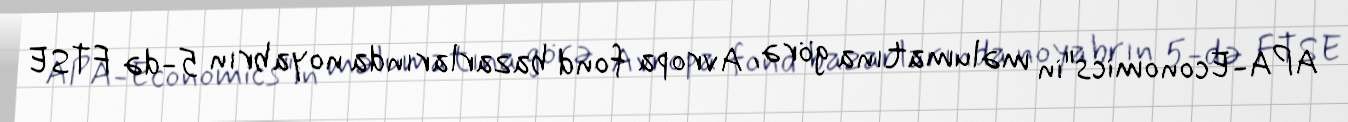
APA-Economics"in məlumatına görə, Avropa fond bazarlarında noyabrın 5-də FTSE